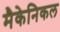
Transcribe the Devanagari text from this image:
मैकेनिकल